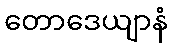
တောဒေယျာနံ